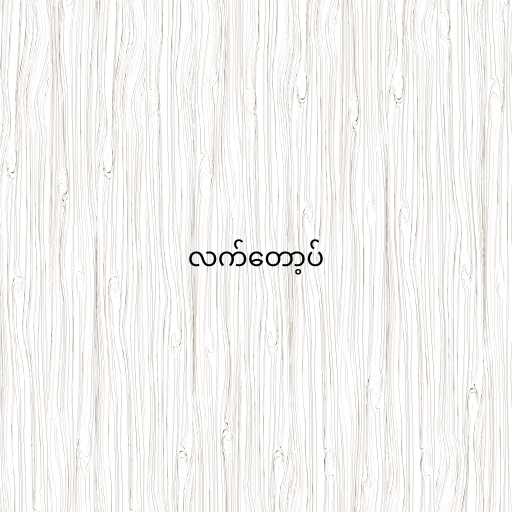
လက်တော့ပ်